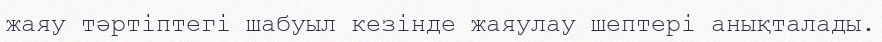
жаяу тәртіптегі шабуыл кезінде жаяулау шептері анықталады.